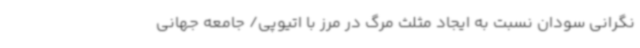
نگرانی سودان نسبت به ایجاد مثلث مرگ در مرز با اتیوپی/ جامعه جهانی